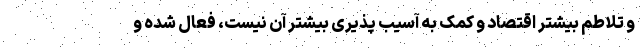
و تلاطم بیشتر اقتصاد و کمک به آسیب پذیری بیشتر آن نیست، فعال شده و